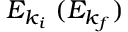
E _ { k _ { i } } \; ( E _ { k _ { f } } )